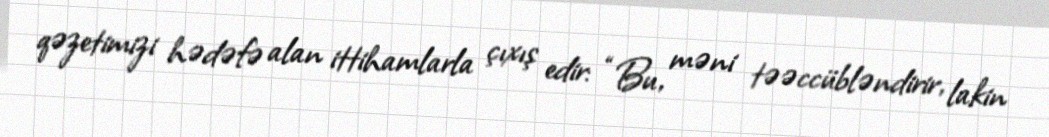
qəzetimizi hədəfə alan ittihamlarla çıxış edir: “Bu, məni təəccübləndirir, lakin